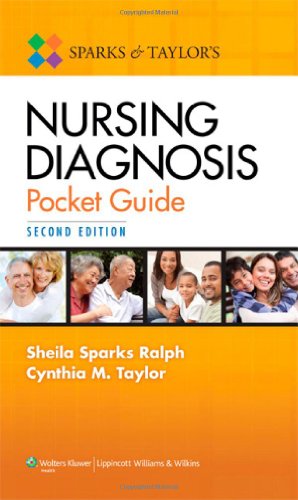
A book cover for Sparks and Taylor's Nursing Diagnosis Pocket Guide; Sheila S. Ralph; Medical Books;